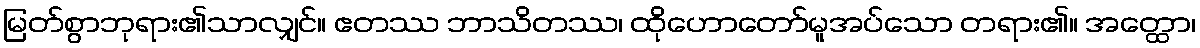
မြတ်စွာဘုရား၏သာလျှင်။ ဧတဿ ဘာသိတဿ၊ ထိုဟောတော်မူအပ်သော တရား၏။ အတ္ထော၊